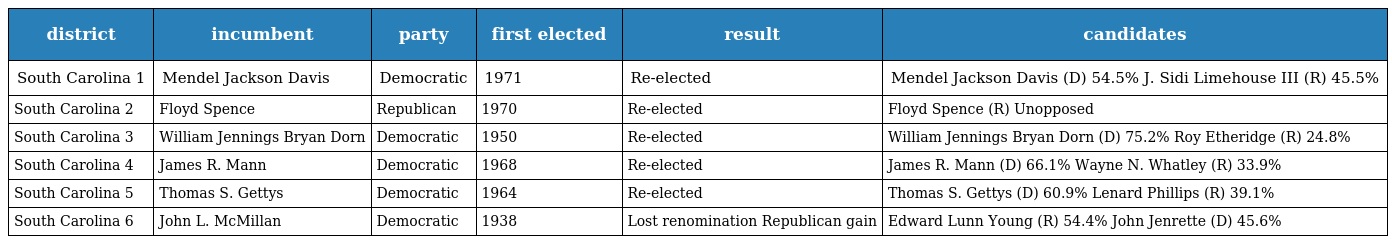
| district | incumbent | party | first elected | result | candidates |
 | --- | --- | --- | --- | --- | --- |
 | South Carolina 1 | Mendel Jackson Davis | Democratic | 1971 | Re-elected | Mendel Jackson Davis (D) 54.5% J. Sidi Limehouse III (R) 45.5% |
 | South Carolina 2 | Floyd Spence | Republican | 1970 | Re-elected | Floyd Spence (R) Unopposed |
 | South Carolina 3 | William Jennings Bryan Dorn | Democratic | 1950 | Re-elected | William Jennings Bryan Dorn (D) 75.2% Roy Etheridge (R) 24.8% |
 | South Carolina 4 | James R. Mann | Democratic | 1968 | Re-elected | James R. Mann (D) 66.1% Wayne N. Whatley (R) 33.9% |
 | South Carolina 5 | Thomas S. Gettys | Democratic | 1964 | Re-elected | Thomas S. Gettys (D) 60.9% Lenard Phillips (R) 39.1% |
 | South Carolina 6 | John L. McMillan | Democratic | 1938 | Lost renomination Republican gain | Edward Lunn Young (R) 54.4% John Jenrette (D) 45.6% |